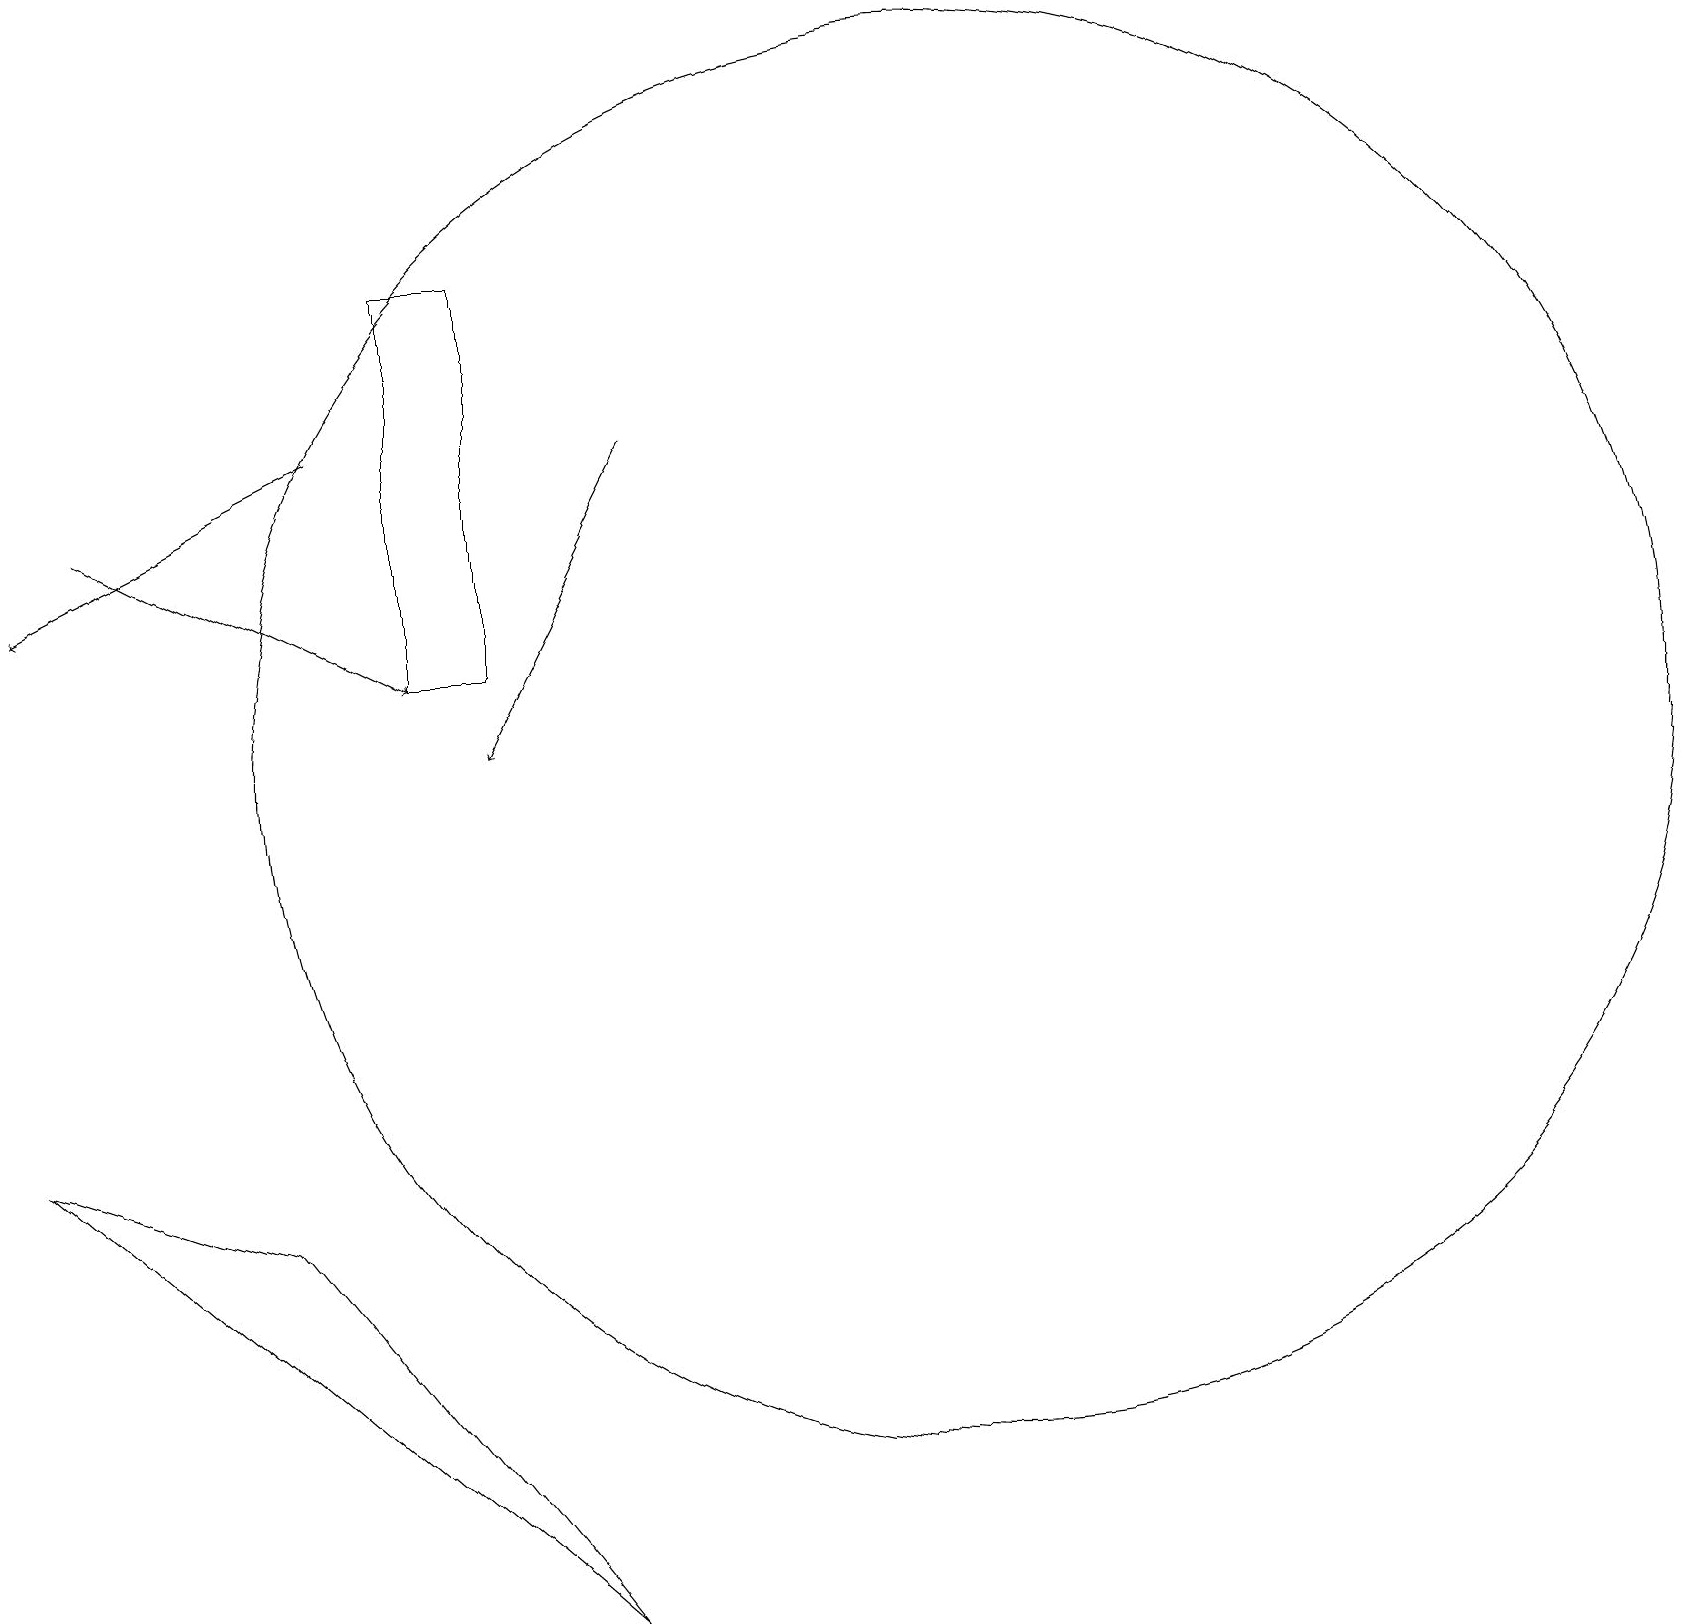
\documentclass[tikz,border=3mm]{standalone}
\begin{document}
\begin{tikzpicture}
\draw[->] (8,15) -- (6,11);
\draw[->] (1,14) -- (5,12);
\draw[->] (4,15) -- (0,13);
\draw (12,11) circle (9);
\draw (6,17) rectangle (5,12);
\draw (3,5) -- (0,6) -- (7,0) -- cycle;
\draw (6,14) rectangle (6,16);
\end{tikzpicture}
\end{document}